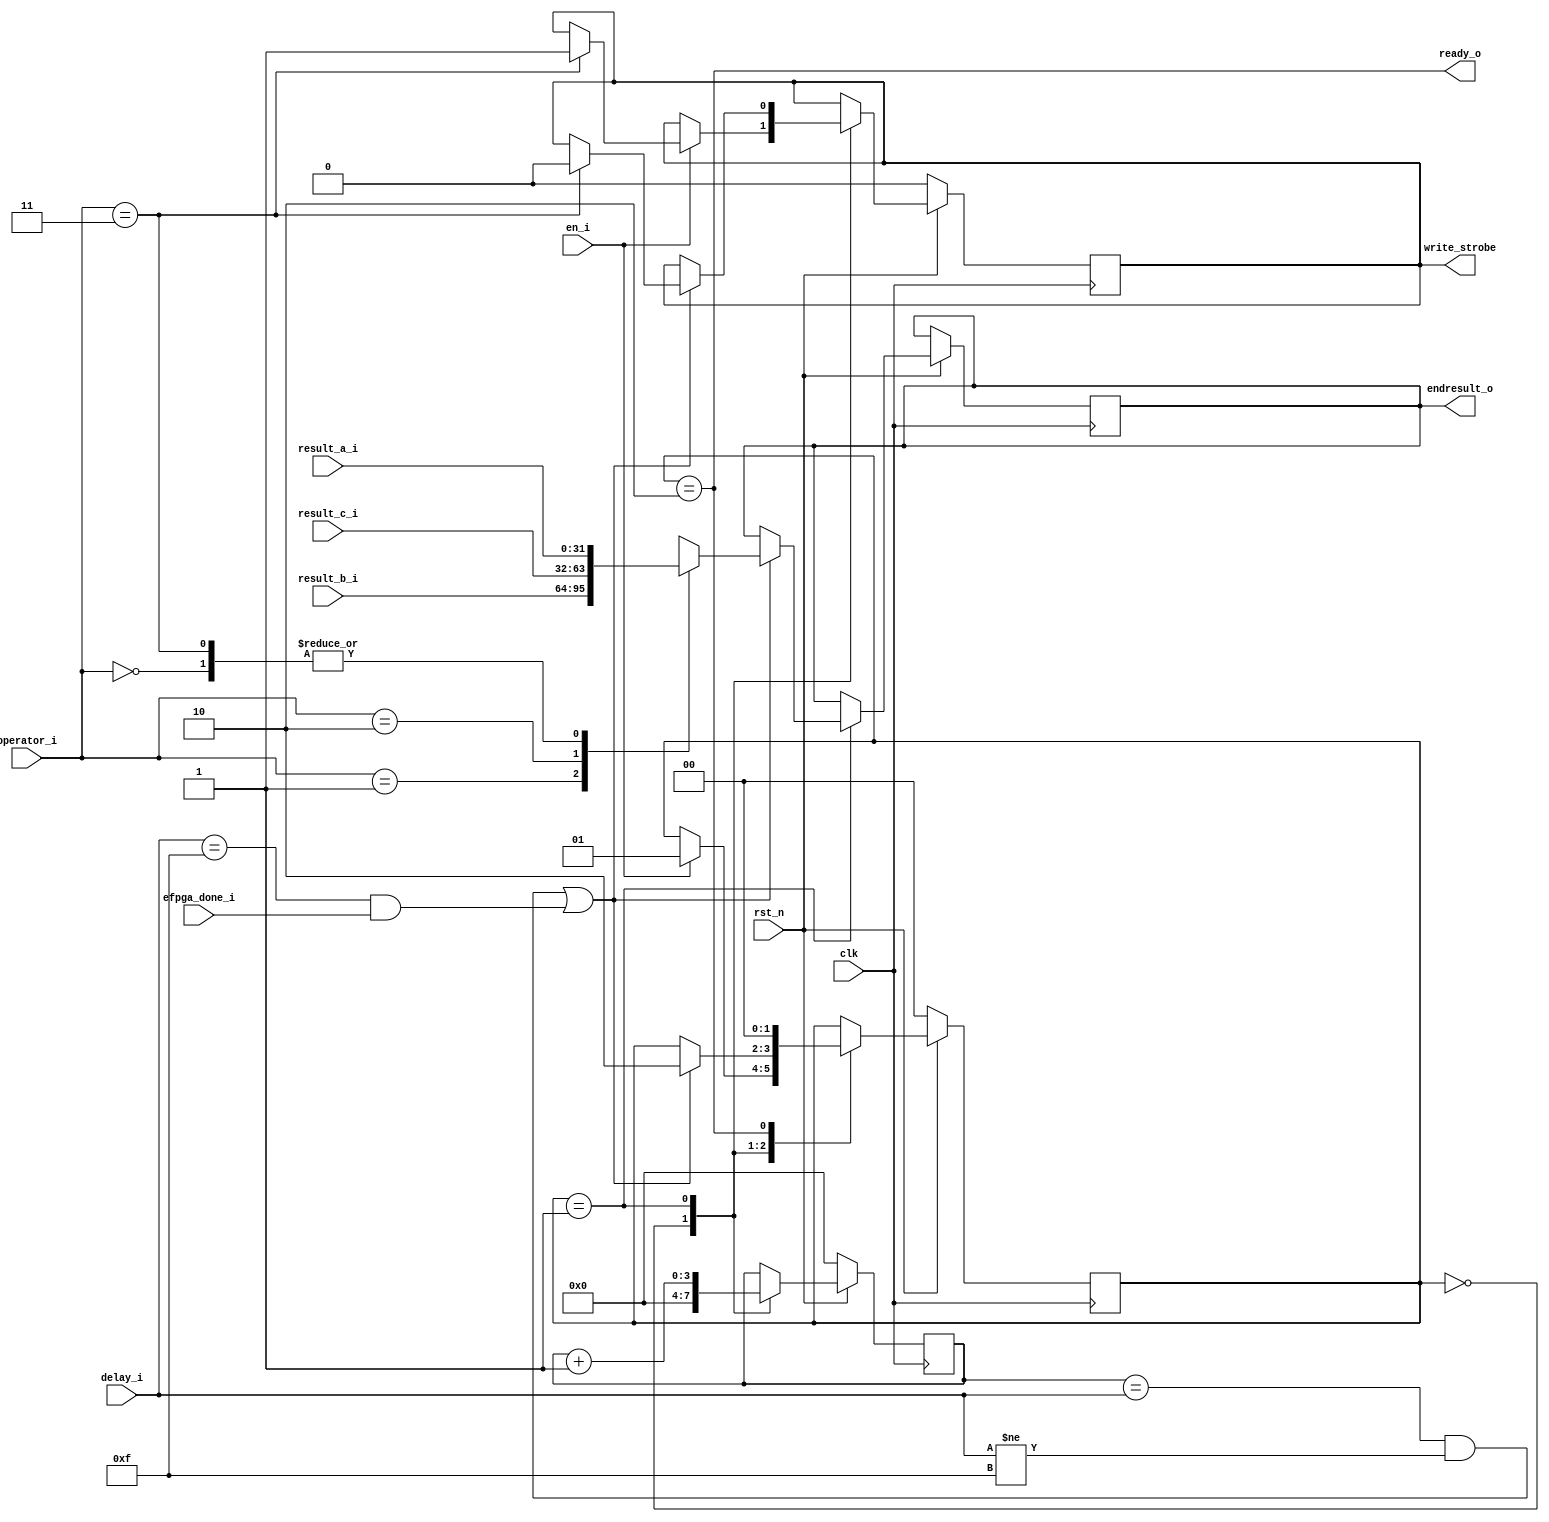
module flexbex_ibex_eFPGA (
	clk,
	rst_n,
	en_i,
	operator_i,
	ready_o,
	endresult_o,
	result_a_i,
	result_b_i,
	result_c_i,
	delay_i,
	write_strobe,
	efpga_done_i
);
	input wire clk;
	input wire rst_n;
	input wire en_i;
	input wire [1:0] operator_i;
	output wire ready_o;
	output reg [31:0] endresult_o;
	input wire [31:0] result_a_i;
	input wire [31:0] result_b_i;
	input wire [31:0] result_c_i;
	input wire [3:0] delay_i;
	output reg write_strobe;
	input wire efpga_done_i;
	reg [1:0] eFPGA_fsm_r;
	reg [3:0] count;
	always @(posedge clk)
		if (!rst_n) begin
			eFPGA_fsm_r <= 2'd0;
			count <= 0;
			write_strobe <= 1'b0;
		end
		else
			case (eFPGA_fsm_r)
				2'd0: begin
					count <= 0;
					if (en_i == 1) begin
						eFPGA_fsm_r <= 2'd1;
						if (operator_i == 2'b11)
							write_strobe <= 1'b1;
					end
				end
				2'd1: begin
					count <= count + 1;
					if (((count == delay_i) & (delay_i != 4'b1111)) | ((delay_i == 4'b1111) & efpga_done_i)) begin
						eFPGA_fsm_r <= 2'd2;
						case (operator_i)
							2'b00: endresult_o <= result_a_i;
							2'b01: endresult_o <= result_b_i;
							2'b10: endresult_o <= result_c_i;
							2'b11: begin
								endresult_o <= result_a_i;
								write_strobe <= 1'b0;
							end
							default: endresult_o <= result_a_i;
						endcase
					end
				end
				2'd2: eFPGA_fsm_r <= 2'd0;
				default:
					;
			endcase
	assign ready_o = eFPGA_fsm_r == 2'd2;
endmodule